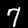
Digit: 7